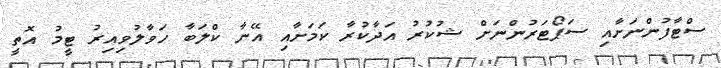
ސްޓާފުންނަށާއި ސަޕޯޓަރުންނަށް ޝުކުރު އަދާކުރާ ކަމަށާއި އޭނާ ކްލަބާ ހަވާލުވިއިރު ޓީމު އޮތީ